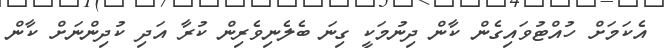
އެކަމަށް ހުއްޓުވައިގެން ކާން ދިނުމަކީ ގިނަ ބެލެނިވެރިން ކުރާ އަދި ކުދިންނަށް ކާން